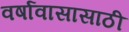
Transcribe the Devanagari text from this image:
वर्षावासासाठी